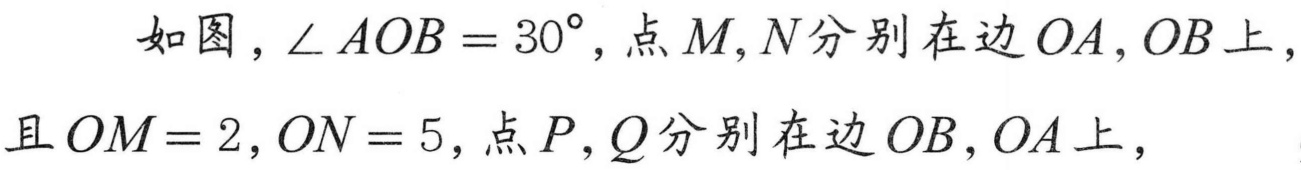
如图，$\angle AOB = 30^{\circ}$，点$M,N$分别在边$OA,OB$上，且$OM = 2,ON = 5$，点$P,Q$分别在边$OB,OA$上，